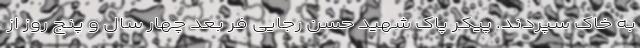
به خاک سپردند. پیکر پاک شهید حسن رجایی فر بعد چهار سال و پنج روز از